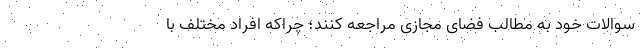
سوالات خود به مطالب فضای مجازی مراجعه کنند؛ چراکه افراد مختلف با